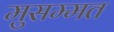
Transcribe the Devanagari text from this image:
मुसम्मत